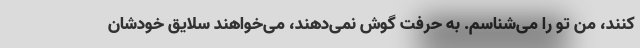
‌کنند، من تو را می‌شناسم. به حرفت گوش نمی‌دهند، می‌خواهند سلایق خودشان